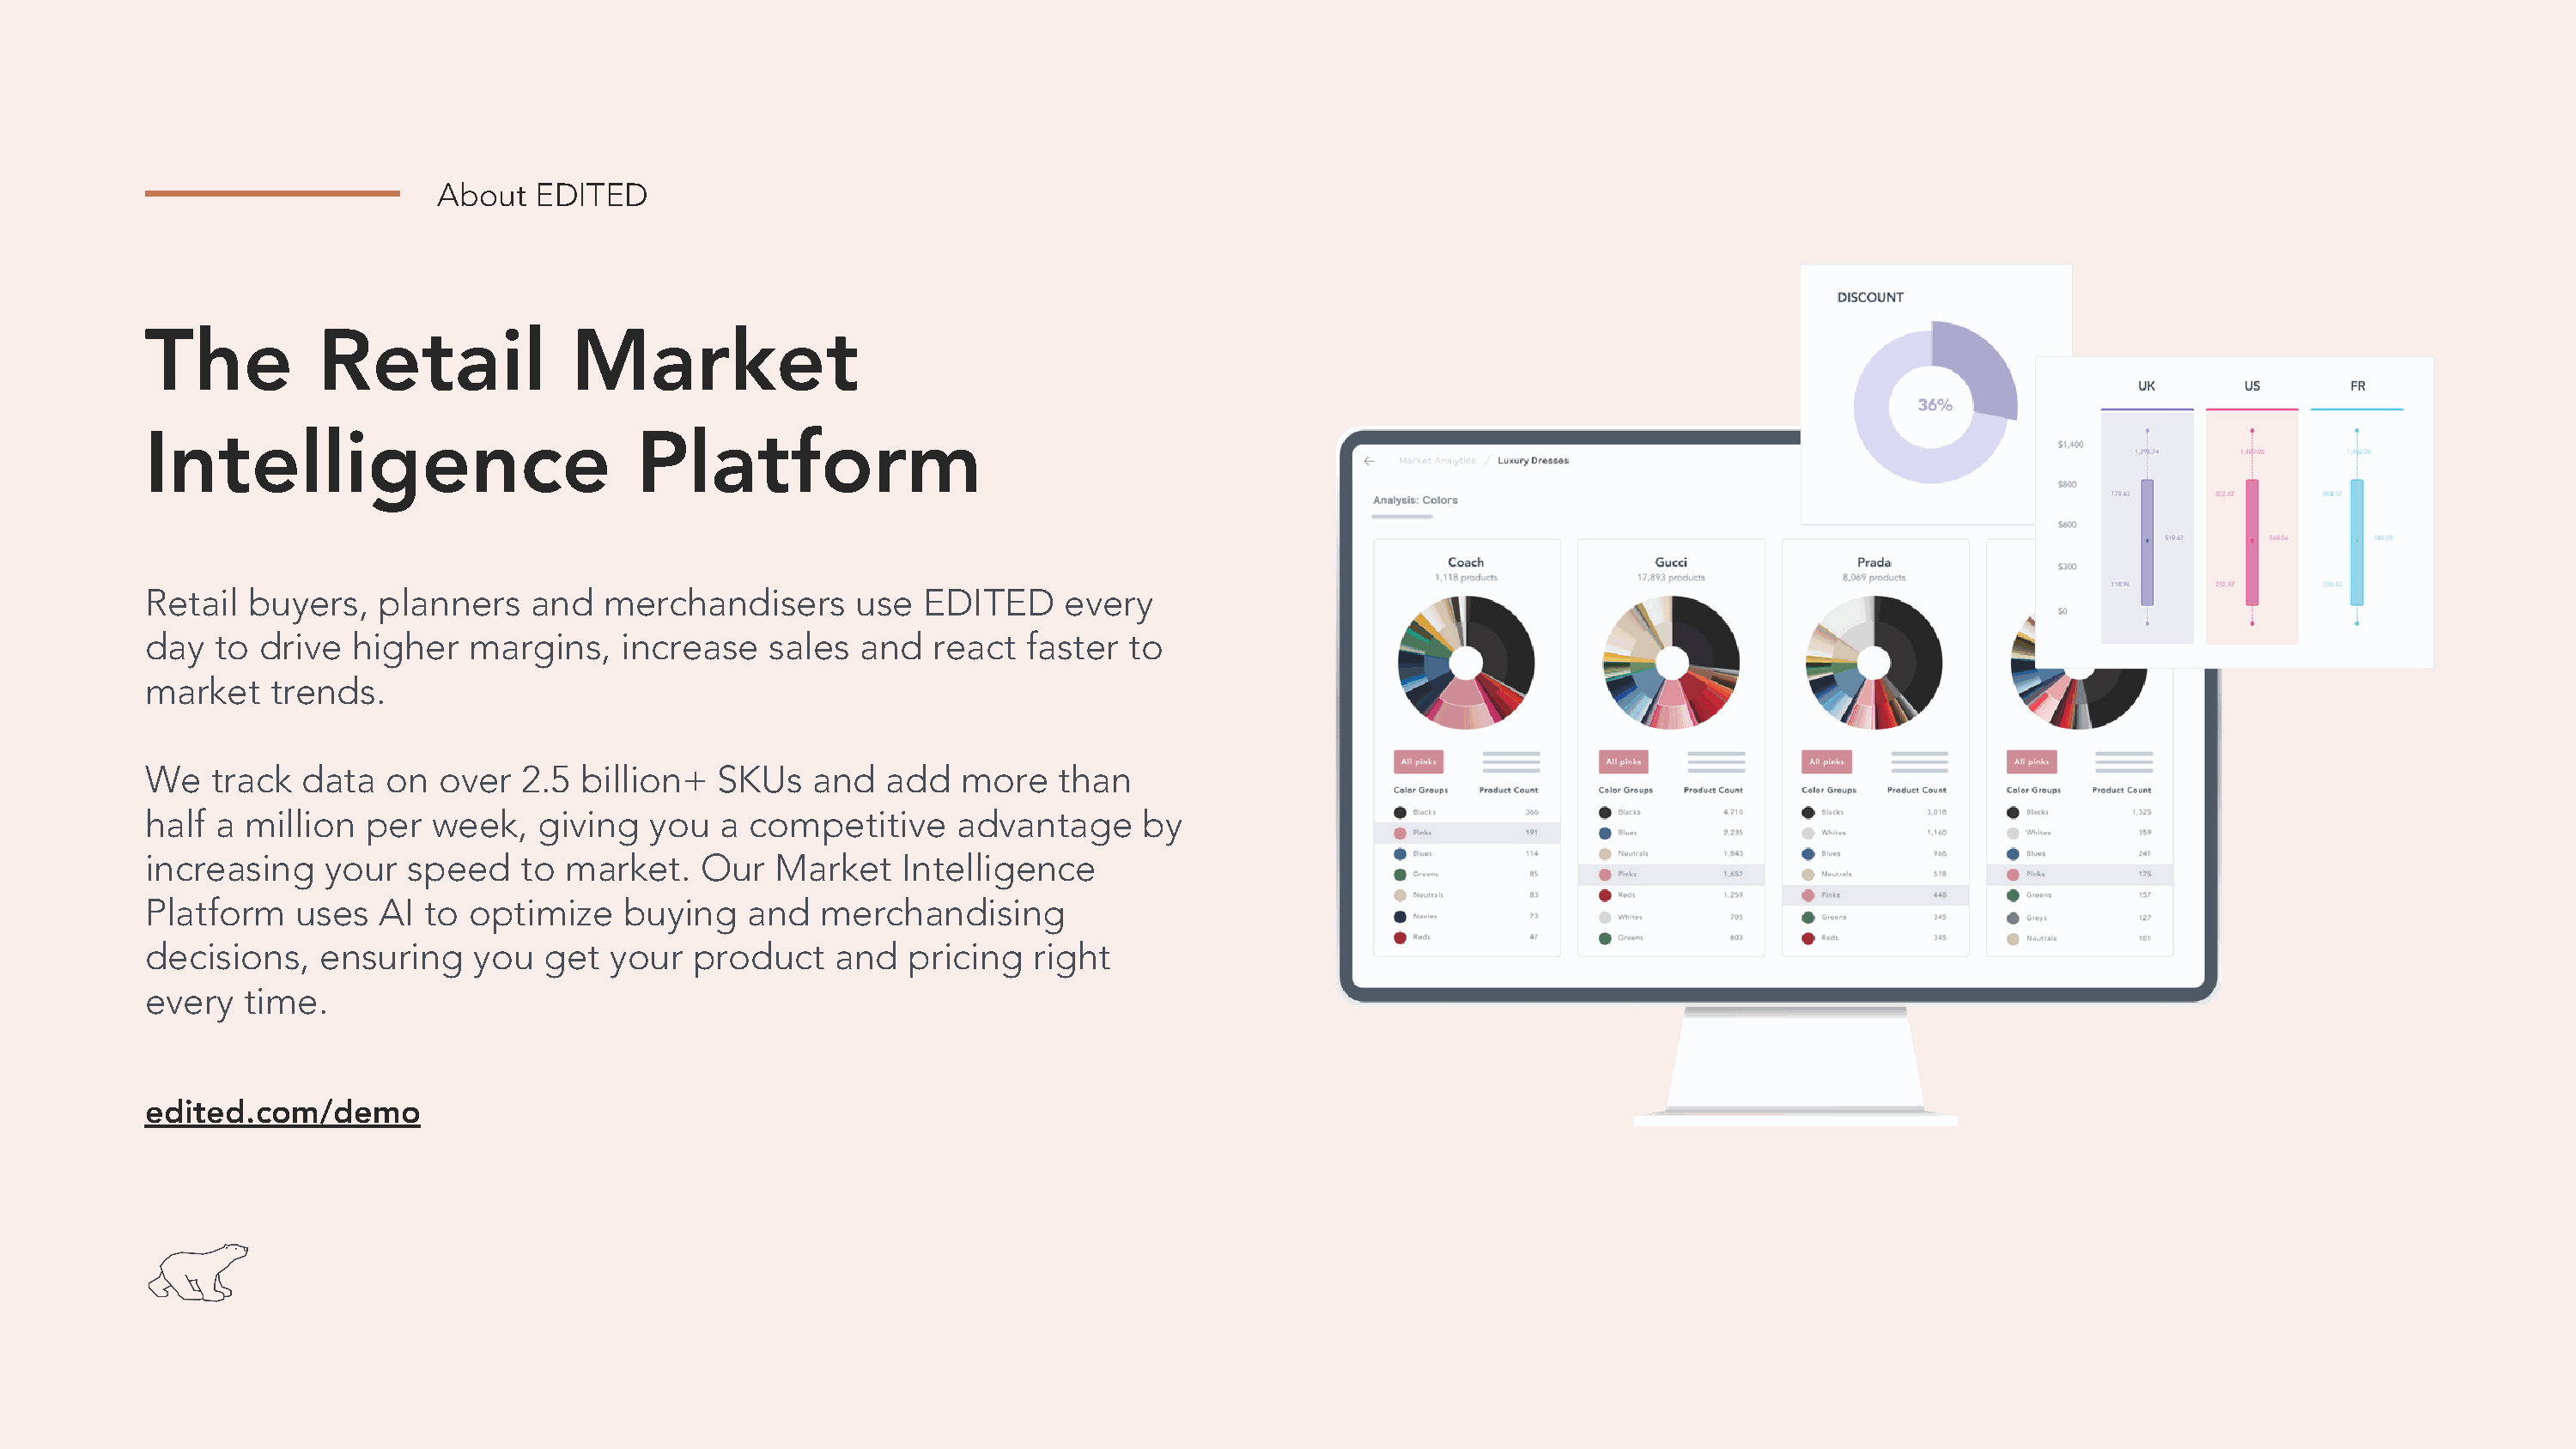
About  EDITED
 The           Retail             Market
 Intelligence                          Platform
 Retail  buyers,   planners    and   merchandisers      use  EDITED     every
 day   to drive  higher   margins,    increase   sales  and   react  faster  to
 market    trends.
 We   track  data   on  over  2.5  billion+  SKUs    and  add   more    than
 half  a million  per  week,   giving   you  a  competitive     advantage     by
 increasing    your  speed    to  market.   Our   Market    Intelligence
 Platform    uses  AI  to optimize    buying    and  merchandising
 decisions,    ensuring   you   get  your  product    and   pricing   right
 every   time.
 edited.com/demo